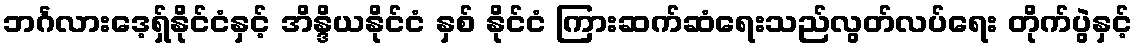
ဘင်္ဂလားဒေ့ရှ်နိုင်ငံနှင့် အိန္ဒိယနိုင်ငံ နှစ် နိုင်ငံ ကြားဆက်ဆံရေးသည်လွတ်လပ်ရေး တိုက်ပွဲနှင့်